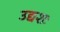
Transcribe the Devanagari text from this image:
उद्यशः